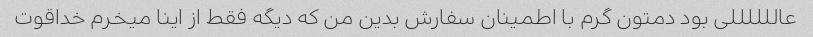
عاللللللی بود دمتون گرم با اطمینان سفارش بدین من که دیگه فقط از اینا میخرم خداقوت